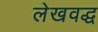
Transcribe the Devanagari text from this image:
लेखवद्ध